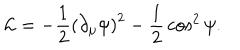
LaTeX: { \cal L } = - { \frac { 1 } { 2 } } \left( \partial _ { \mu } \psi \right) ^ { 2 } - { \frac { 1 } { 2 } } \cos ^ { 2 } \psi .